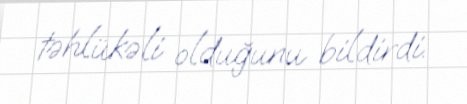
təhlükəli olduğunu bildirdi.